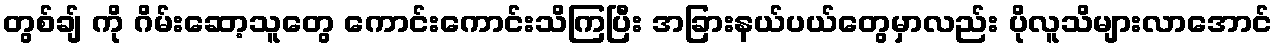
တွစ်ချ် ကို ဂိမ်းဆော့သူတွေ ကောင်းကောင်းသိကြပြီး အခြားနယ်ပယ်တွေမှာလည်း ပိုလူသိများလာအောင်